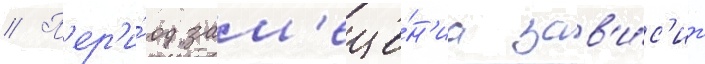
// П'ер'и́од зам'еще́н'иа зав'и́с'ит